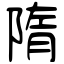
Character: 隋